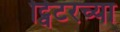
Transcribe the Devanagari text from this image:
ट्विटरच्या